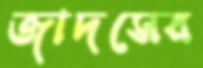
জাদসের